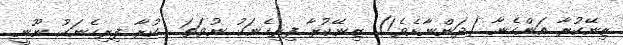
ޒިނޭކުރާ އަންހެނާ (ދަންނާށެވެ!) ޒިނޭކުރާ ފިރިހެނަކު ނުވަތަ  ކުރާ ފިރިހެނަކު ނޫނީ